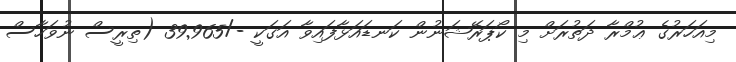
މިއަހަރުގެ ޢުމްރާ ދަތުރަށް މި ކޯޕަރޭޝަނުން ކަނޑައަޅާފައިވާ އަގަކީ -/39